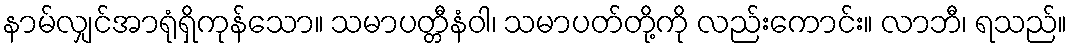
နာမ်လျှင်အာရုံရှိကုန်သော။ သမာပတ္တီနံဝါ၊ သမာပတ်တို့ကို လည်းကောင်း။ လာဘီ၊ ရသည်။